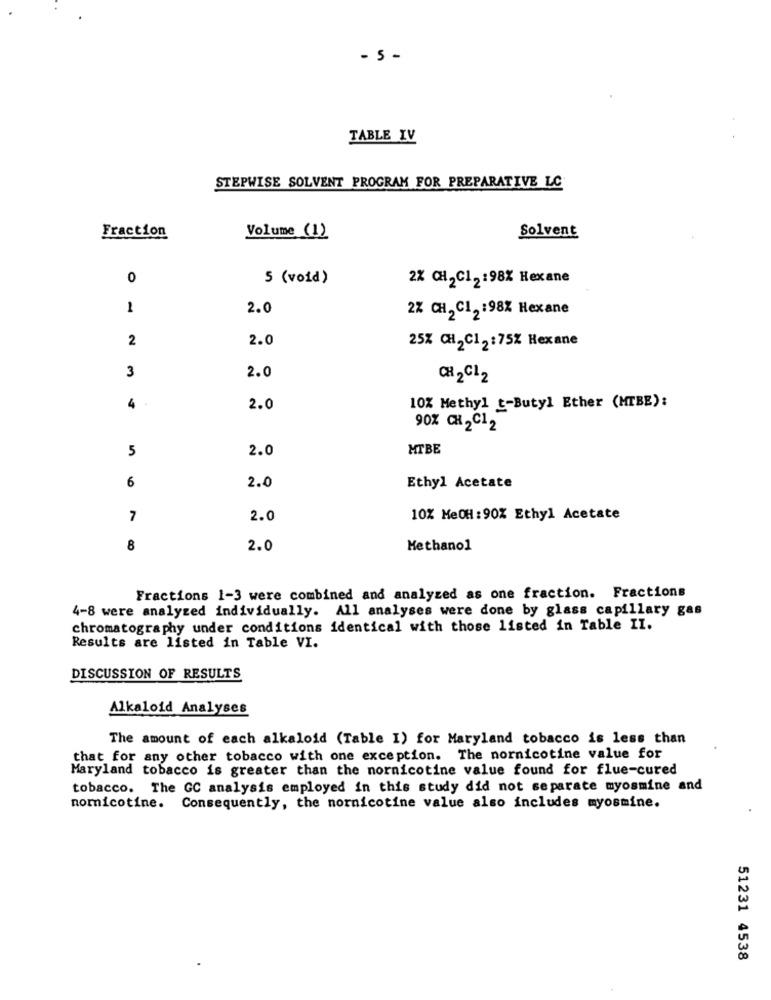
- 5 -
TABLE YV
STEPWISE SOLVENT PROGRAM FOR PREPARATIVE LC
Solvent
Fraction
Volume (1)
0
5 (void)
2% CH2C12:98% Hexane
1
2.0
2% CH2 C12 :98% Hexane
2
2.0
25% CH2C12:75% Hexane
3
2.0
CH2Cl2
4 .
2.0
10% Methyl t-Butyl Ether (MTBE):
90% CH 2C12
5
2.0
MTBE
6
2.0
Ethyl Acetate
7
2.0
10% MeOH: 90% Ethyl Acetate
8
2.0
Methanol
Fractions 1-3 were combined and analyzed as one fraction. Fractions
4-8 were analyzed individually. All analyses were done by glass capillary gas
chromatography under conditions identical with those listed in Table II.
Results are listed in Table VI.
DISCUSSION OF RESULTS
Alkaloid Analyses
The amount of each alkaloid (Table I) for Maryland tobacco is less than
that for any other tobacco with one exception. The nornicotine value for
Maryland tobacco is greater than the nornicotine value found for flue-cured
tobacco. The GC analysis employed in this study did not separate myosmine and
nomnicotine.
Consequently, the nornicotine value also includes myosmine.
51231 4538